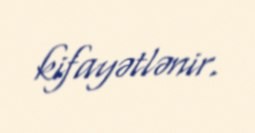
kifayətlənir.